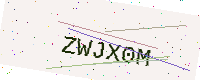
Text: ZWJX0M